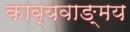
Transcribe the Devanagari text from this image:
काव्यवाङ्‌मय